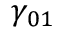
\gamma _ { 0 1 }